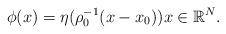
LaTeX: \begin{align*} \phi(x)=\eta(\rho_0^{-1} (x-x_0))x\in \mathbb R^N. \end{align*}